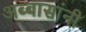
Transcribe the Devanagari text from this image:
अब्बासांनी